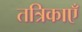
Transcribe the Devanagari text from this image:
तत्रिकाएँ